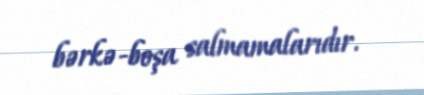
bərkə-boşa salmamalarıdır.